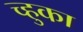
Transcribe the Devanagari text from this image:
च्हुका